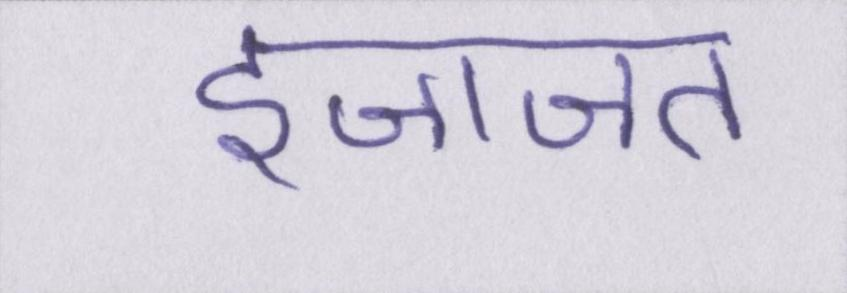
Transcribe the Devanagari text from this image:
इजाजत